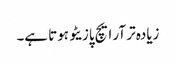
زیادہ تر آر ایچ پازیٹو ہوتا ہے۔